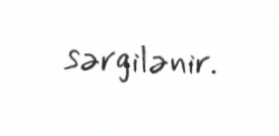
sərgilənir.